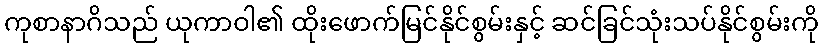
ကုစာနာဂိသည် ယုကာဝါ၏ ထိုးဖောက်မြင်နိုင်စွမ်းနှင့် ဆင်ခြင်သုံးသပ်နိုင်စွမ်းကို